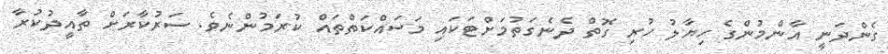
ގެންދަނީ އާންމުންގެ ހިޔާލު ހުރި ގޮތް ދެނެގަތުމަށްޓަކައި މަސައްކަތްތައް ކުރަމުންނެވެ. ސަރުކާރަށް ތާއީދުކުރާ